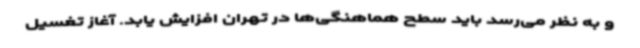
و به نظر می‌رسد باید سطح هماهنگی‌ها در تهران افزایش یابد. آغاز تغسیل